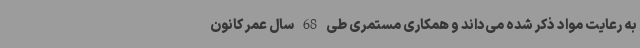
به رعایت مواد ذکر شده می‌داند و همکاری مستمری طی 68 سال عمر کانون